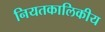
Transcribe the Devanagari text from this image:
नियतकालिकीय